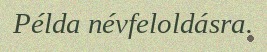
Példa névfeloldásra.